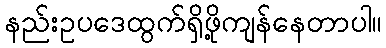
နည်းဥပဒေထွက်ရှိဖို့ကျန်နေတာပါ။